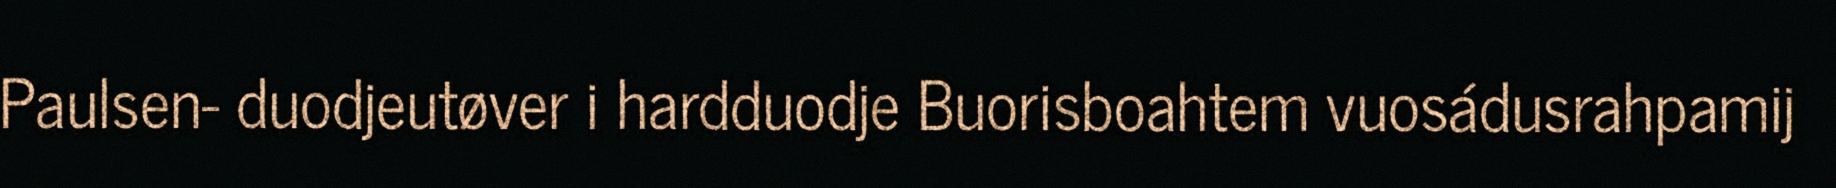
Paulsen- duodjeutøver i hardduodje Buorisboahtem vuosádusrahpamij